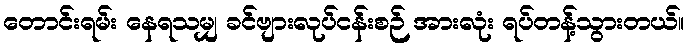
တောင်းရမ်း နေရသမျှ ခင်ဗျားလုပ်ငန်းစဉ် အားလုံး ရပ်တန့်သွားတယ်။